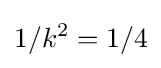
1/k^{2}=1/4